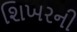
શિખરની